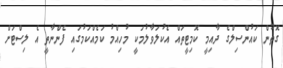
ގޮތުން ކައުންސިލްގެ ދާއިމީ ކޮމިޓީތައް އެކުލަވާލުމަކީ މުހިއްމު ކަމެއްކަމުގައި ފެންނާތީ އެ ލިސްޓަށް